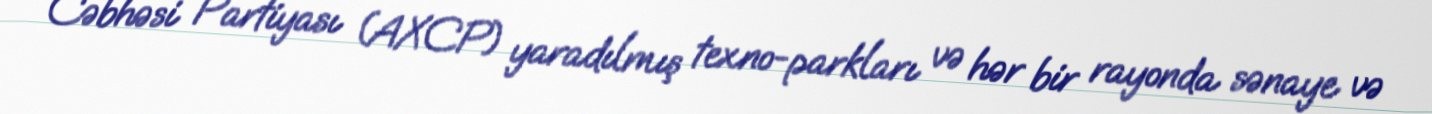
Cəbhəsi Partiyası (AXCP) yaradılmış texno-parkları və hər bir rayonda sənaye və